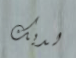
لديك